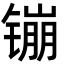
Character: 镚